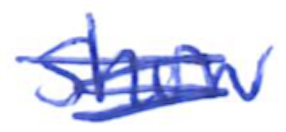
Text: show
Cross-out: scratch
Writing tool: ballpoint